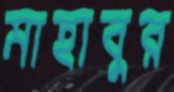
মাহাবুর